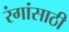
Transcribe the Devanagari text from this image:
रंगांसाठी